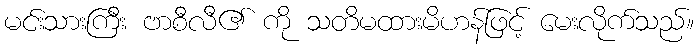
မင်းသားကြီး ဗာစီလီ၏ ကို သတိမထားမိဟန်ဖြင့် မေးလိုက်သည်။